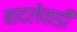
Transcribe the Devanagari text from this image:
बादलेवाडी